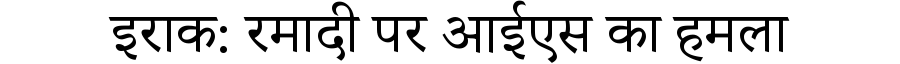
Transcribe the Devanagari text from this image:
इराक: रमादी पर आईएस का हमला